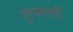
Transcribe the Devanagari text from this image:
दुस्वासही